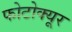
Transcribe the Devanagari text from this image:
फोटोक्यूर